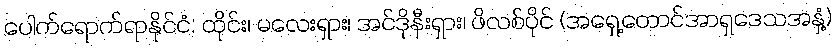
ပေါက်ရောက်ရာနိုင်ငံ: ထိုင်း၊ မလေးရှား၊ အင်ဒိုနီးရှား၊ ဖိလစ်ပိုင် (အရှေ့တောင်အာရှဒေသအနှံ့)